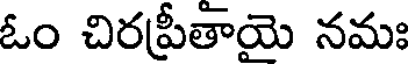
ఓం చిరప్రీతాయె నమః